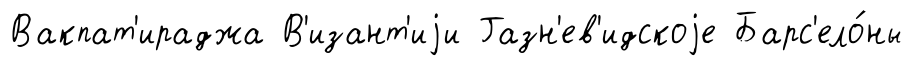
Вакпат'ираджа В'изант'иjи Газн'ев'идскоjе Барс'ело́ны